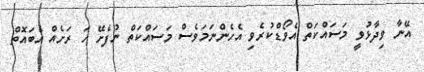
އޭނާ ވިދާޅުވީ މަސައްކަތް އެެވޯޑްކުރެވި އެހެންނަމަވެސް މަސައްކަތް ނުފެށޭ ހަ ރަށެއް އެބައޮތް